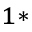
^ { 1 * }